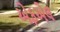
એફએલ